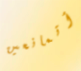
أتمانعين